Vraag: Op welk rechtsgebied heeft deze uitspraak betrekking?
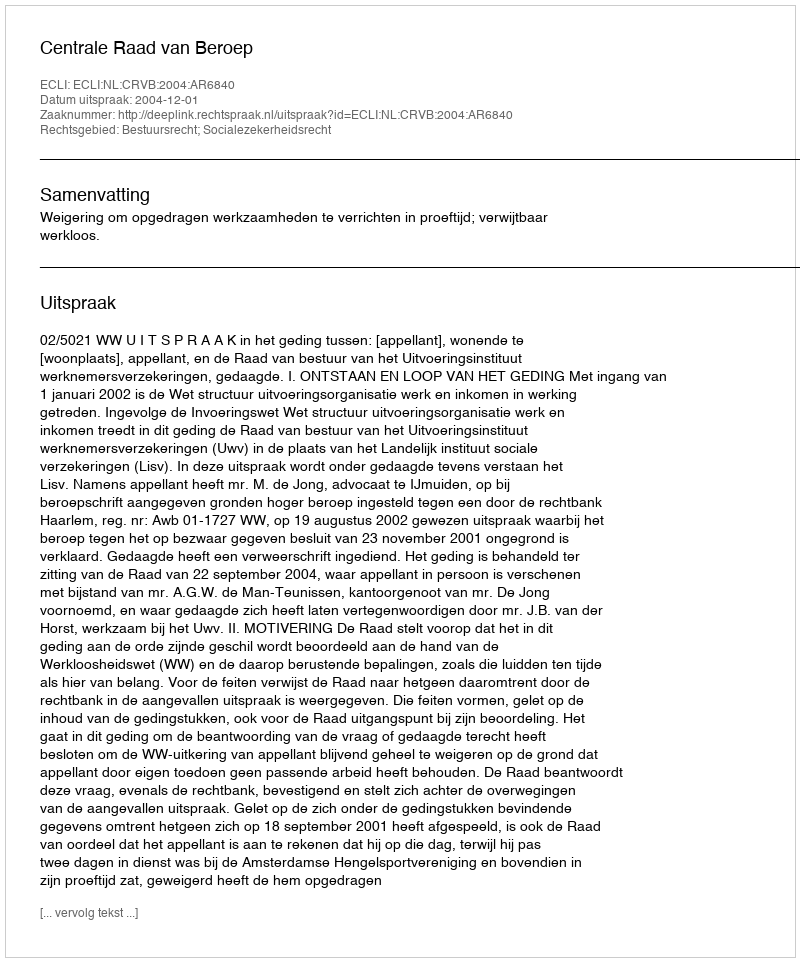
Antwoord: Bestuursrecht; Socialezekerheidsrecht